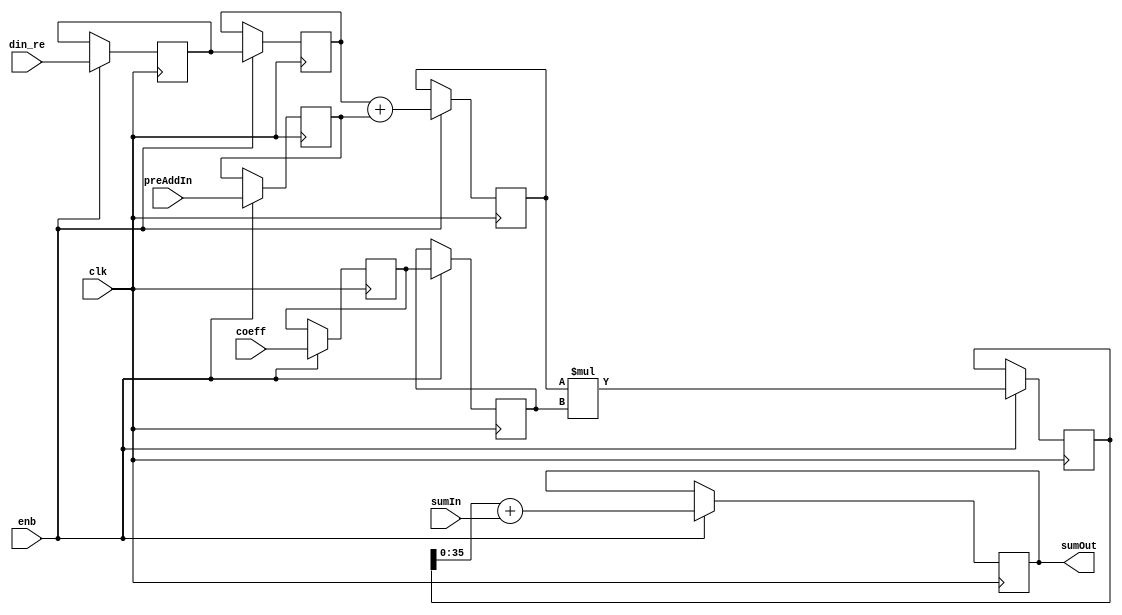
// -------------------------------------------------------------
// 
// 
// Generated by MATLAB 9.13 and HDL Coder 4.0
// 
// -------------------------------------------------------------


// -------------------------------------------------------------
// 
// Module: FilterTapSystolicPreAdd
// Source Path: DUCforLTEHDL/HDL_DUC/Halfband Interpolator/DUCforLTEHDL/HDL_DUC/Halfband Interpolator/FIRFilter1/FilterTapSystolicPreAdd
// Hierarchy Level: 3
// 
// -------------------------------------------------------------

`timescale 1 ns / 1 ns

module FilterTapSystolicPreAdd
          (clk,
           enb,
           din_re,
           preAddIn,
           coeff,
           sumIn,
           sumOut);


  input   clk;
  input   enb;
  input   signed [17:0] din_re;  // sfix18_En14
  input   signed [17:0] preAddIn;  // sfix18_En14
  input   signed [17:0] coeff;  // sfix18_En17
  input   signed [35:0] sumIn;  // sfix36_En31
  output  signed [35:0] sumOut;  // sfix36_En31


  reg signed [17:0] fTap_din1_reg1;  // sfix18
  reg signed [17:0] fTap_din1_reg2;  // sfix18
  reg signed [17:0] fTap_din2_reg1;  // sfix18
  reg signed [18:0] fTap_preAdd_reg;  // sfix19
  reg signed [36:0] fTap_mult_reg;  // sfix37
  reg signed [35:0] fTap_addout_reg;  // sfix36
  reg signed [17:0] fTap_coef_reg1;  // sfix18
  reg signed [17:0] fTap_coef_reg2;  // sfix18
  wire signed [18:0] fTap_preAdd_reg_next;  // sfix19_En14
  wire signed [36:0] fTap_mult_reg_next;  // sfix37_En31
  wire signed [35:0] fTap_addout_reg_next;  // sfix36_En31
  wire signed [35:0] fTap_add_cast;  // sfix36_En31
  wire signed [18:0] fTap_add_cast_1;  // sfix19_En14
  wire signed [18:0] fTap_add_cast_2;  // sfix19_En14

  initial begin
    fTap_din1_reg1 = 18'sb000000000000000000;
    fTap_din1_reg2 = 18'sb000000000000000000;
    fTap_din2_reg1 = 18'sb000000000000000000;
    fTap_preAdd_reg = 19'sb0000000000000000000;
    fTap_coef_reg1 = 18'sb000000000000000000;
    fTap_coef_reg2 = 18'sb000000000000000000;
    fTap_mult_reg = 37'sh0000000000;
    fTap_addout_reg = 36'sh000000000;
  end

  // FilterTapSystolicPreAddS
  always @(posedge clk)
    begin : fTap_process
      if (enb) begin
        fTap_preAdd_reg <= fTap_preAdd_reg_next;
        fTap_mult_reg <= fTap_mult_reg_next;
        fTap_addout_reg <= fTap_addout_reg_next;
        fTap_din1_reg2 <= fTap_din1_reg1;
        fTap_din1_reg1 <= din_re;
        fTap_din2_reg1 <= preAddIn;
        fTap_coef_reg2 <= fTap_coef_reg1;
        fTap_coef_reg1 <= coeff;
      end
    end

  assign sumOut = fTap_addout_reg;
  assign fTap_add_cast = fTap_mult_reg[35:0];
  assign fTap_addout_reg_next = fTap_add_cast + sumIn;
  assign fTap_mult_reg_next = fTap_preAdd_reg * fTap_coef_reg2;
  assign fTap_add_cast_1 = {fTap_din1_reg2[17], fTap_din1_reg2};
  assign fTap_add_cast_2 = {fTap_din2_reg1[17], fTap_din2_reg1};
  assign fTap_preAdd_reg_next = fTap_add_cast_1 + fTap_add_cast_2;



endmodule  // FilterTapSystolicPreAdd